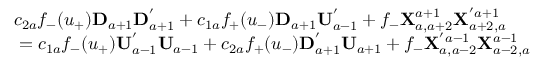
\begin{array} { l } { { c _ { 2 a } f _ { - } ( u _ { + } ) { \bf D } _ { a + 1 } { \bf D } _ { a + 1 } ^ { ' } + c _ { 1 a } f _ { + } ( u _ { - } ) { \bf D } _ { a + 1 } { \bf U } _ { a - 1 } ^ { ' } + f _ { - } { \bf X } _ { a , a + 2 } ^ { a + 1 } { \bf X } _ { a + 2 , a } ^ { ' a + 1 } } } \\ { { \mathrm { } = c _ { 1 a } f _ { - } ( u _ { + } ) { \bf U } _ { a - 1 } ^ { ' } { \bf U } _ { a - 1 } + c _ { 2 a } f _ { + } ( u _ { - } ) { \bf D } _ { a + 1 } ^ { ' } { \bf U } _ { a + 1 } + f _ { - } { \bf X } _ { a , a - 2 } ^ { ' a - 1 } { \bf X } _ { a - 2 , a } ^ { a - 1 } } } \end{array}